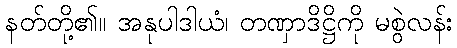
နတ်တို့၏။ အနုပါဒါယံ၊ တဏှာဒိဋ္ဌိကို မစွဲလန်း